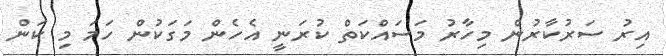
އިރު ސަރުކާރުން މިހާރު މަސައްކަތް ކުރަނީ އެހެން މަގަކުން ހަމަ މި ކަން